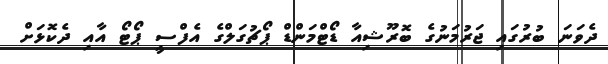
ދެވަަނަ ބުރުގައި ޖަރުމަނުގެ ބޮރޫޝިއާ ޑޯޓްމަންޑް ޕޯޗުގަލްގެ އެފްސީ ޕޯޓޯ އާއި ދެކޮޅަށް